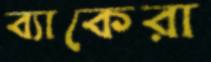
ব্যাকেরা